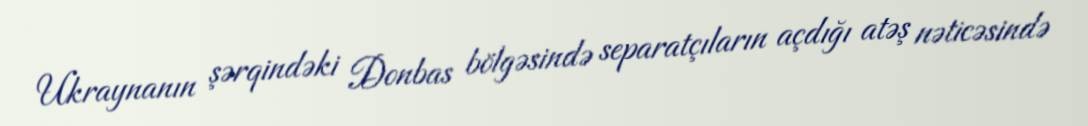
Ukraynanın şərqindəki Donbas bölgəsində separatçıların açdığı atəş nəticəsində